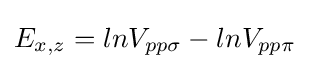
E_{x,z}=lnV_{pp\sigma }-lnV_{pp\pi }